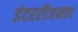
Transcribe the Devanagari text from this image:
इंटररीजनल